Civil Veterinary Dept. North-West Frontier Province 1933-46 - 1933-1946
Year: 1933
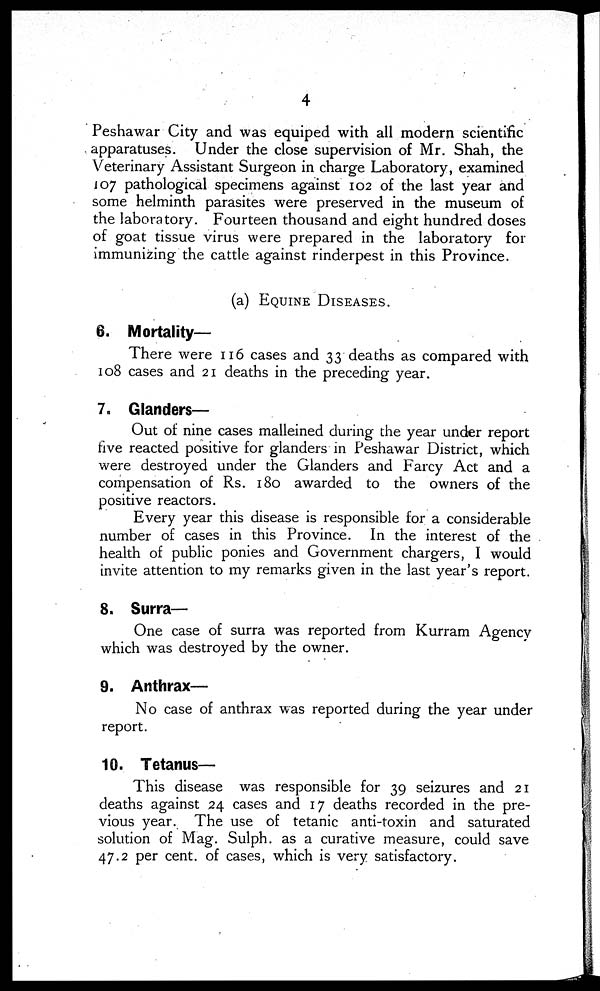
4
Peshawar City and was equiped with all modern scientific
apparatuses. Under the close supervision of Mr. Shah, the
Veterinary Assistant Surgeon in charge Laboratory, examined
107 pathological specimens against 102 of the last year and
some helminth parasites were preserved in the museum of
the laboratory. Fourteen thousand and eight hundred doses
of goat tissue virus were prepared in the laboratory for
immunizing the cattle against rinderpest in this Province.
(a) EQUINE DISEASES.
6. Mortality-
There were 116 cases and 33 deaths as compared with
108 cases and 21 deaths in the preceding year.
7. Glanders—
Out of nine cases malleined during the year under report
five reacted positive for glanders in Peshawar District, which
were destroyed under the Glanders and Farcy Act and a
compensation of Rs. 180 awarded to the owners of the
positive reactors.
Every year this disease is responsible for a considerable
number of cases in this Province. In the interest of the
health of public ponies and Government chargers, I would
invite attention to my remarks given in the last year's report.
8. Surra—
One case of surra was reported from Kurram Agency
which was destroyed by the owner.
9. Anthrax—
No case of anthrax was reported during the year under
report.
10. Tetanus—
This disease was responsible for 39 seizures and 21
deaths against 24 cases and 17 deaths recorded in the pre-
vious year. The use of tetanic anti-toxin and saturated
solution of Mag. Sulph. as a curative measure, could save
47.2 per cent. of cases, which is very satisfactory.